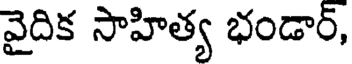
వైదిక సాహిత్య భండార్,